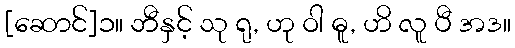
[ဆောင်]၁။ ဘီနှင့် သု ရု, ဟု ဝါ ဓူ, ဟိ လူ ပီ အဒ။